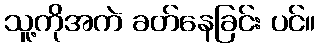
သူ့ကိုအကဲ ခတ်နေခြင်း ပင်။